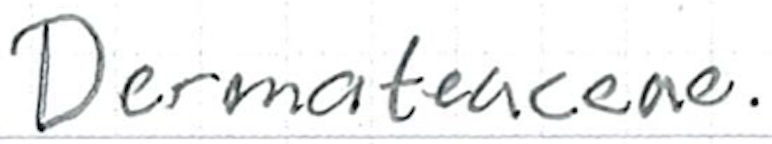
Text: Dermateaceae.
Cross-out: clean
Writing tool: ballpoint